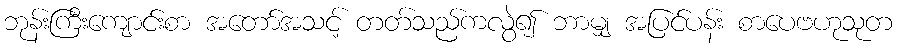
ဘုန်းကြီးကျောင်းစာ အတော်အသင့် တတ်သည်ကလွဲ၍ ဘာမျှ အပြင်ပန်း စာပေဗဟုသုတ